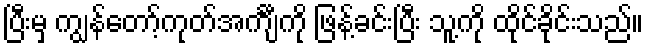
ပြီးမှ ကျွန်တော့်ကုတ်အင်္ကျီကို ဖြန့်ခင်းပြီး သူ့ကို ထိုင်ခိုင်းသည်။